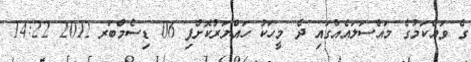
ގެ ވައްކަމުގެ މައްސަލައެއްގައި ދެ މީހަކު ހައްޔަރުކޮށްފި 06 ޑިސެމްބަރ 2012 14:22